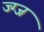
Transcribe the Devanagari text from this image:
ज्ग्ज